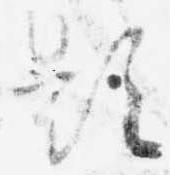
題